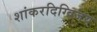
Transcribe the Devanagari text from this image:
शांकरदिग्विजय